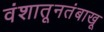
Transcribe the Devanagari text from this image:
वंशातूनतंबाखू